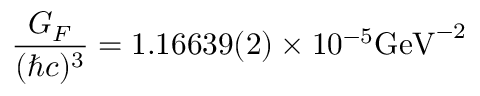
\frac { G _ { F } } { ( \hbar c ) ^ { 3 } } = 1 . 1 6 6 3 9 ( 2 ) \times 1 0 ^ { - 5 } \mathrm { G e V } ^ { - 2 }